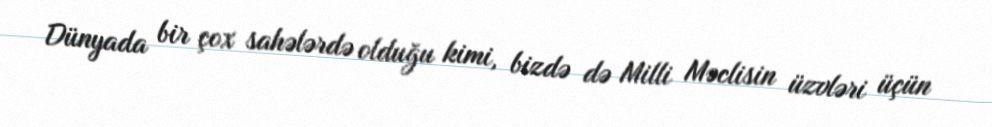
Dünyada bir çox sahələrdə olduğu kimi, bizdə də Milli Məclisin üzvləri üçün